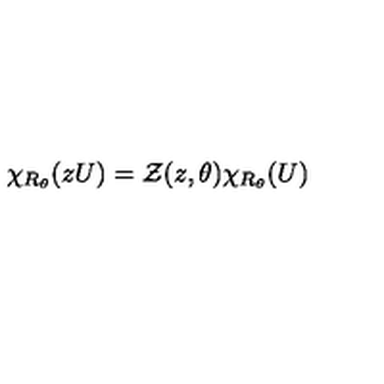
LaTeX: \chi _ { R _ { \theta } } ( z U ) = { \cal Z } ( z , \theta ) \chi _ { R _ { \theta } } ( U )